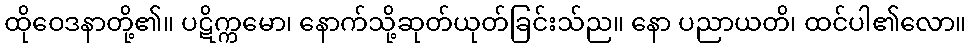
ထိုဝေဒနာတို့၏။ ပဋိက္ကမော၊ နောက်သို့ဆုတ်ယုတ်ခြင်းသ်ည။ နော ပညာယတိ၊ ထင်ပါ၏လော။